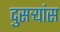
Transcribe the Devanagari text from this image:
दुसर्‍यांस